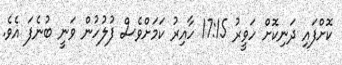
ކޮށްފައި ދަނިކޮށް ހަވީރު 17:15 ހާއިރު ކަމަށްވެސް ފުލުހުން ވަނީ ބުނެފަ އެވެ.